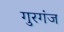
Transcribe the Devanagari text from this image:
गुरगंज